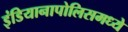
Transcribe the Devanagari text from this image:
इंडियानापोलिसमध्ये